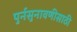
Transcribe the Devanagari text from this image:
पुर्नसुनावणीसाठी